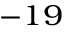
^ { - 1 9 }